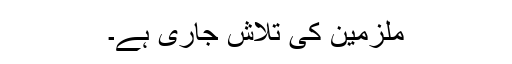
ملزمین کی تلاش جاری ہے۔